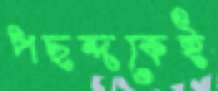
পছন্দকেই